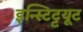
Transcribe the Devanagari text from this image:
इन्स्टिट्टयूट